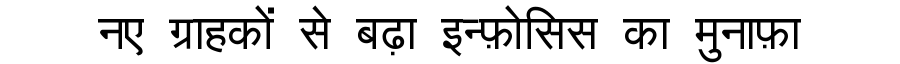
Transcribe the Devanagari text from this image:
नए ग्राहकों से बढ़ा इन्फ़ोसिस का मुनाफ़ा